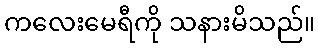
ကလေးမေရီကို သနားမိသည်။